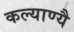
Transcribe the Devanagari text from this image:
कल्याण्यै